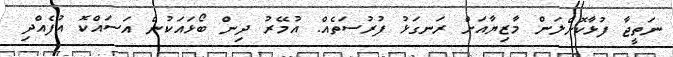
ނަތީޖާ ފުޅާކޮށްލަން މާޒިޔާއަށް ރަނގަޅު ފުރުސަތެއް. އުމޭރު ދިން ބޯޅައަކުން އަސައްކޮ އުފެއްދި